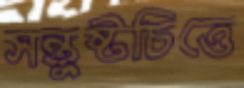
সন্তুষ্টচিত্তে